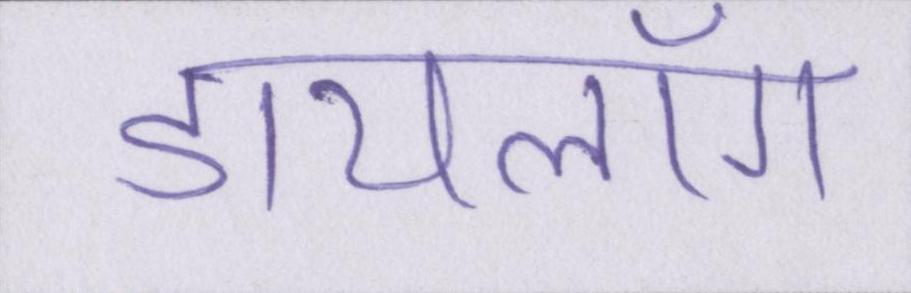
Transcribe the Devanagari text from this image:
डायलॉग